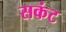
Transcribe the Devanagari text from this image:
सकंट